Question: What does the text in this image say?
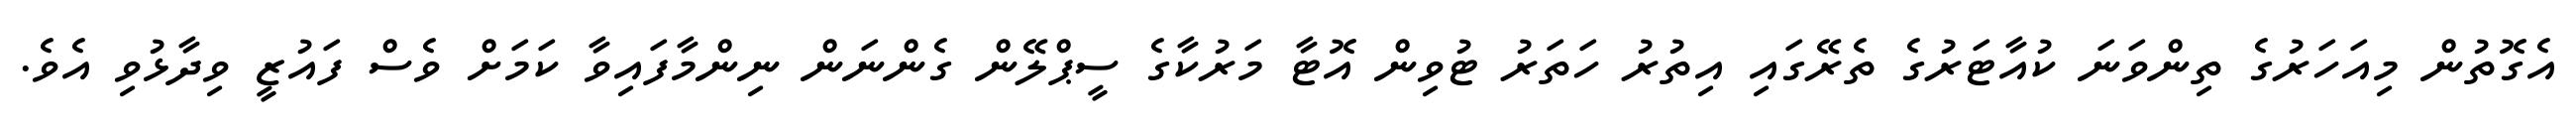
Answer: އެގޮތުން މިއަހަރުގެ ތިންވަނަ ކުއާޓަރުގެ ތެރޭގައި އިތުރު ހަތަރު ޓުވިން އޮޓާ މަރުކާގެ ސީޕްލޭން ގެންނަން ނިންމާފައިވާ ކަމަށް ވެސް ފައުޒީ ވިދާޅުވި އެވެ.